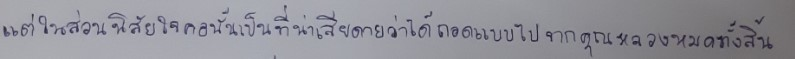
แต่ในส่วนนิสัยใจคอนั้นเป็นที่น่าเสียดายว่าได้ถอดแบบไปจากคุณหลวงหมดทั้งสิ้น